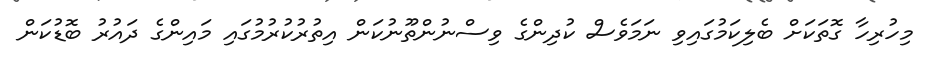
މިހުރިހާ ގޮތަކަށް ބެލިކަމުގައިވި ނަމަވެސް ކުދިންގެ ވިސްނުންތޫނުކަން އިތުރުކުރުމުގައި މައިންގެ ދައުރު ބޮޑުކަން